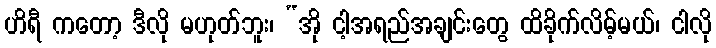
ဟိရီ ကတော့ ဒီလို မဟုတ်ဘူး၊ “အို ငါ့အရည်အချင်းတွေ ထိခိုက်လိမ့်မယ်၊ ငါလို